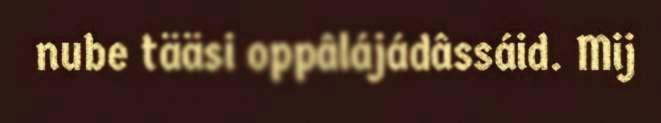
nube tääsi oppâlájádâssáid. Mij